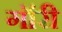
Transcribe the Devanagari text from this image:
गॉरी